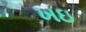
ખઇ